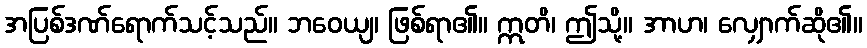
အပြစ်ဒဏ်ရောက်သင့်သည်။ ဘဝေယျ၊ ဖြစ်ရာ၏။ ဣတိ၊ ဤသို့။ အာဟ၊ လျှောက်ဆို၏။